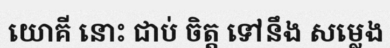
យោគី នោះ ជាប់ ចិត្ត ទៅនឹង សម្លេង